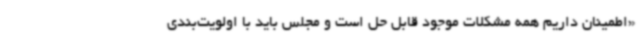
«اطمینان داریم همه مشکلات موجود قابل حل است و مجلس باید با اولویت‌بندی